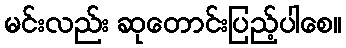
မင်းလည်း ဆုတောင်းပြည့်ပါစေ။